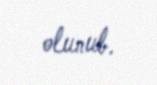
olunub.